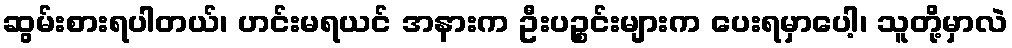
ဆွမ်းစားရပါတယ်၊ ဟင်းမရယင် အနားက ဦးပဉ္စင်းများက ပေးရမှာပေါ့၊ သူတို့မှာလဲ